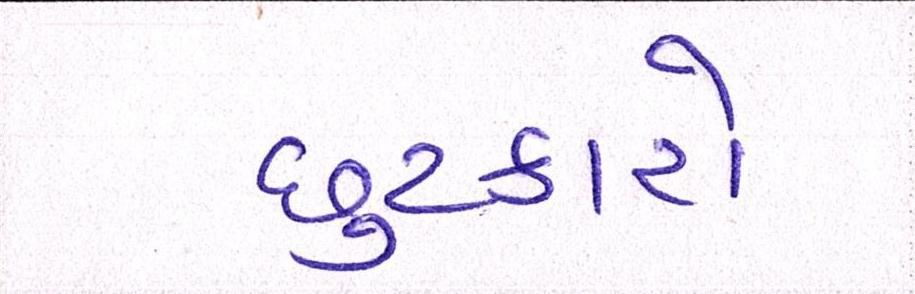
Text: છુટકારો